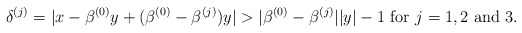
\begin{align*}\delta^{(j)} = |x- \beta^{(0)}y+(\beta^{(0)}-\beta^{(j)})y| > |\beta^{(0)}-\beta^{(j)}| |y| - 1 \mbox{ for $j=1,2$ and 3.}\end{align*}